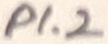
Text: P1.2